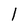
Character: l